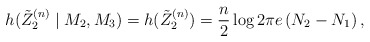
\begin{align*}h(\tilde{Z}_2^{(n)}\mid M_2,M_3)=h(\tilde{Z}_2^{(n)})=\frac{n}{2} \log 2 \pi e\left(N_2-N_1\right),\end{align*}